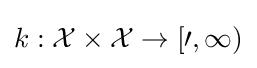
k:{\cal {{X}\times {\cal {{X}\to [0,\infty )}}}}